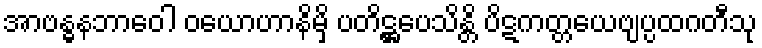
အာဗန္ဓနဘာဝေါ ဝယောဟာနိမှိ ပတိဋ္ဌပေသိန္တိ ပိဋကတ္တယေဗျပ္ပထဂတီသု